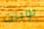
بوينت